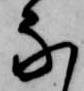
な